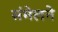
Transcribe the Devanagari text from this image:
संंमेलने